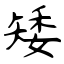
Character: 矮